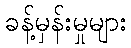
ခန့်မှန်းမှုများ